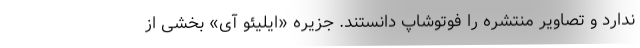
ندارد و تصاویر منتشره را فوتوشاپ دانستند. جزیره «ایلیئو آی» بخشی از